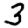
Digit: 3